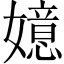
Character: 嬑